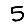
Digit: 5